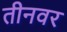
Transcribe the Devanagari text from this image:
तीनवर